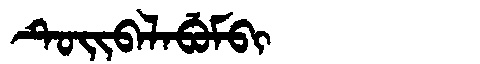
Manchu: ᡨᡠᡳᠪᠠᠯᠠᠪᡠᠮᠪᡳ
Romanization: TUIBALABUMBI